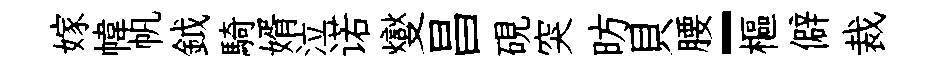
嫁幃帆鉞騎婿泣诺燮昌硯突昉貝腰-樞僻裁